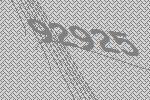
92925